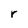
Character: r